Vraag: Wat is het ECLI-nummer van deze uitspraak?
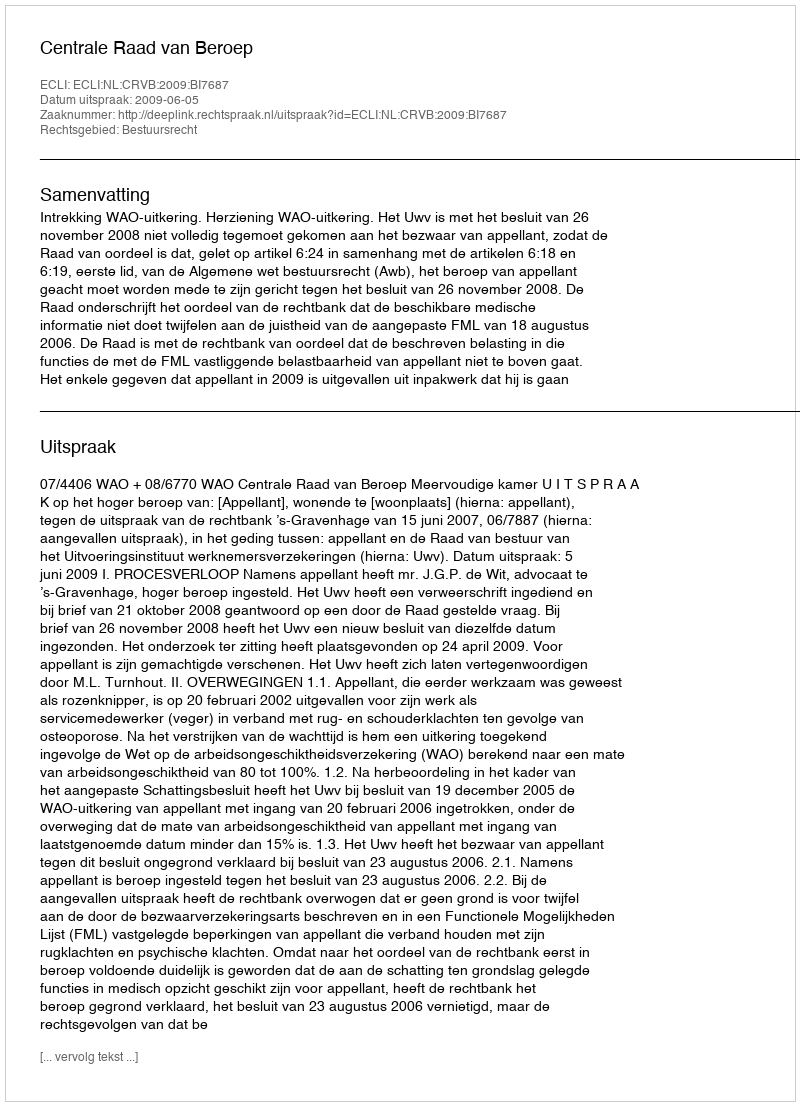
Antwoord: ECLI:NL:CRVB:2009:BI7687